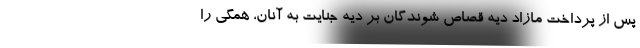
پس از پرداخت مازاد دیه قصاص شوندگان بر دیه جنایت به آنان، همگی را